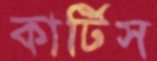
কার্টিস